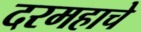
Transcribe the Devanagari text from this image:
दरमहाचे